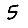
Digit: 5